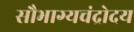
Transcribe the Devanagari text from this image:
सौभाग्यचंद्रोदय